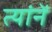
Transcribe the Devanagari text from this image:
त्यांनें